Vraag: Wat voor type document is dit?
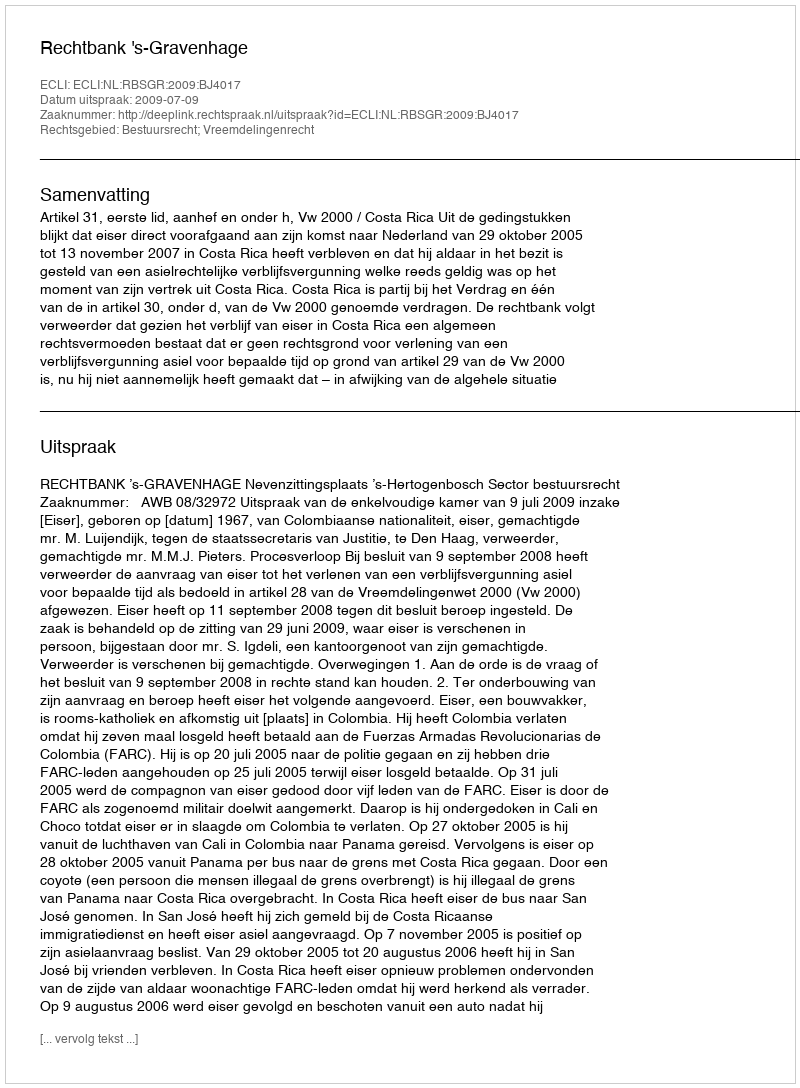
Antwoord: Uitspraak